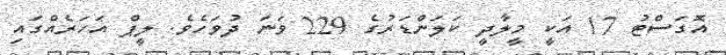
އޮގަސްޓު 17 އަކީ މީލާދީ ކަލަންޑަރުގެ 229 ވަނަ ދުވަހެވެ. ލީޕް އަހަރެއްގައި